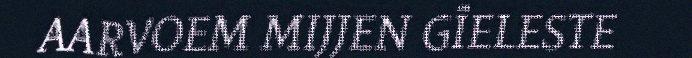
AARVOEM MIJJEN GÏELESTE